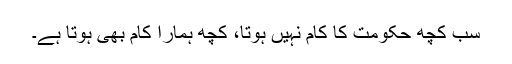
سب کچھ حکومت کا کام نہیں ہوتا، کچھ ہمارا کام بھی ہوتا ہے۔